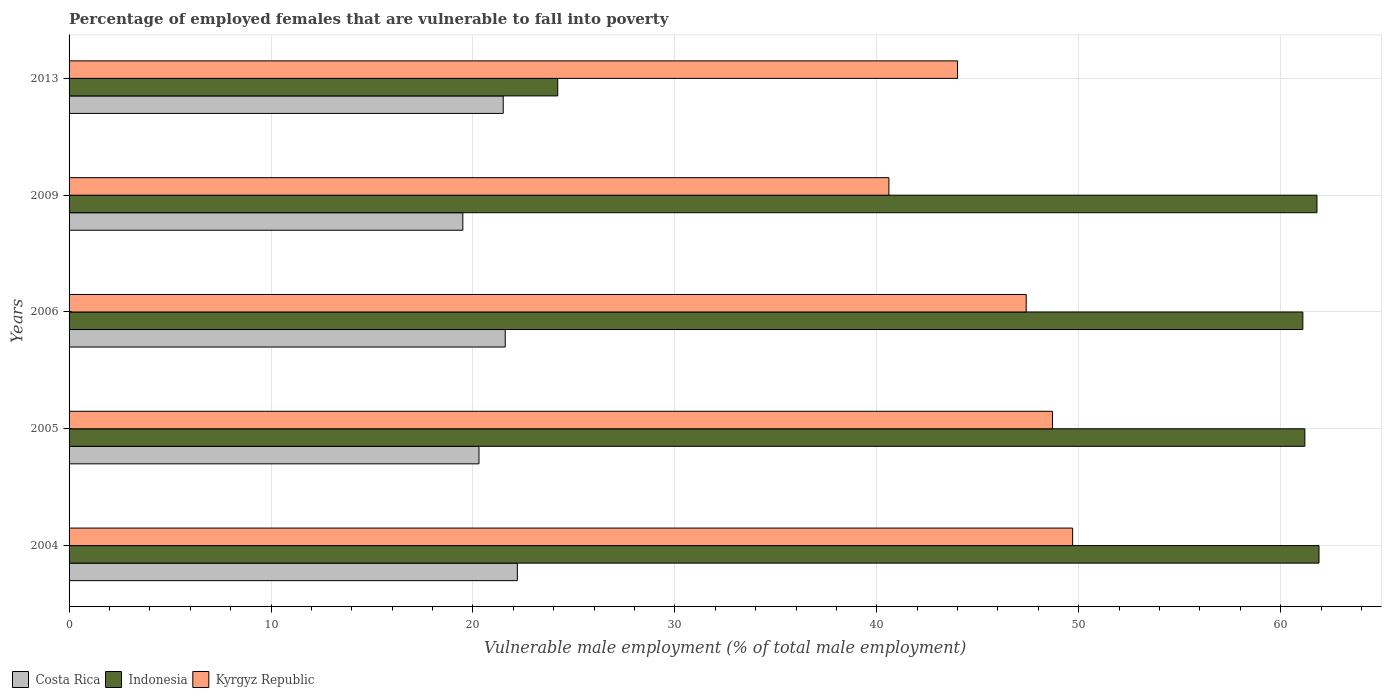
| Years | Costa Rica | Indonesia | Kyrgyz Republic |
 | --- | --- | --- | --- |
 | 2004 | 22.2 | 61.9 | 49.7 |
 | 2005 | 20.3 | 61.2 | 48.7 |
 | 2006 | 21.6 | 61.1 | 47.4 |
 | 2009 | 19.5 | 61.8 | 40.6 |
 | 2013 | 21.5 | 24.2 | 44 |